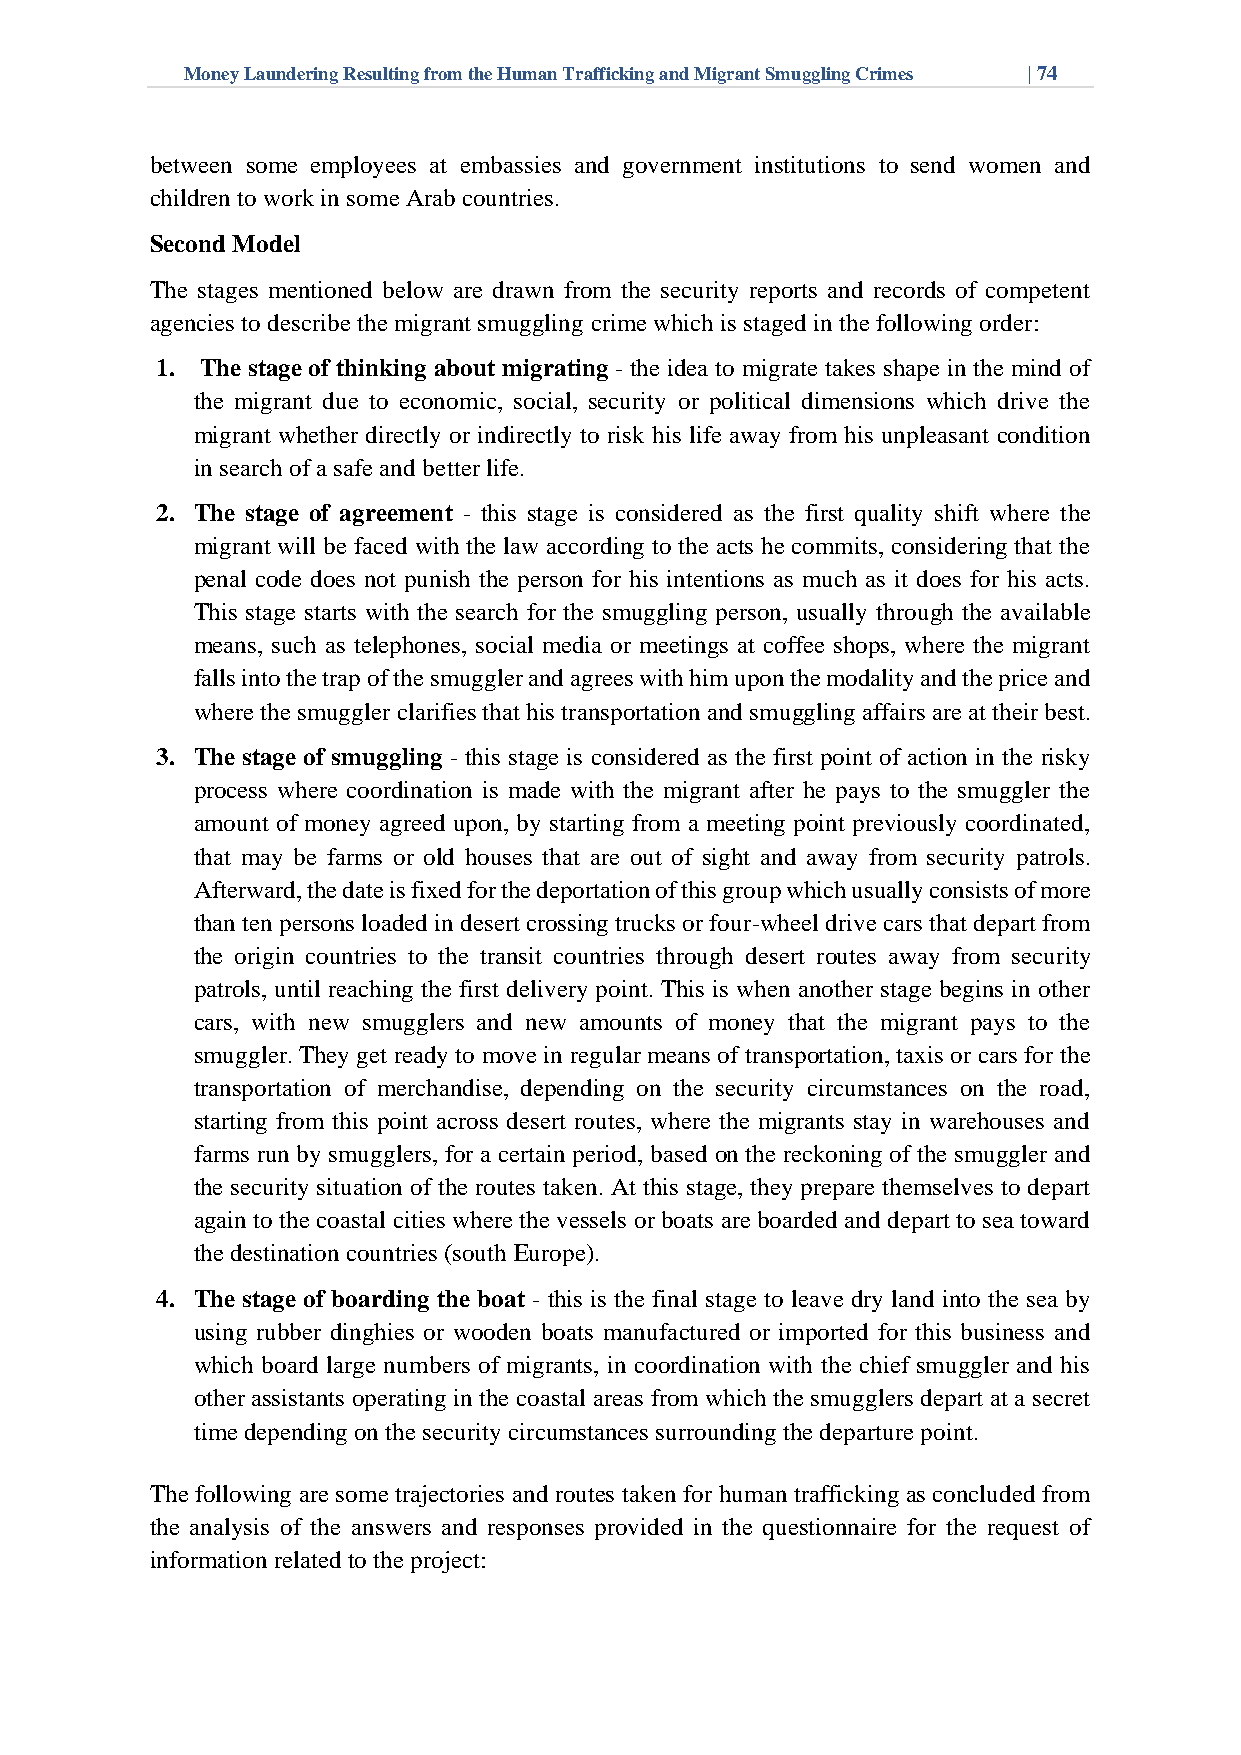
Money Laundering Resulting from the Human Trafficking and Migrant Smuggling Crimes | 74
 between some employees at embassies and government institutions to send women and
 children to work in some Arab countries.
 Second Model
 The stages mentioned below are drawn from the security reports and records of competent
 agencies to describe the migrant smuggling crime which is staged in the following order:
 1. The stage of thinking about migrating - the idea to migrate takes shape in the mind of
 the migrant due to economic, social, security or political dimensions which drive the
 migrant whether directly or indirectly to risk his life away from his unpleasant condition
 in search of a safe and better life.
 2. The stage of agreement - this stage is considered as the first quality shift where the
 migrant will be faced with the law according to the acts he commits, considering that the
 penal code does not punish the person for his intentions as much as it does for his acts.
 This stage starts with the search for the smuggling person, usually through the available
 means, such as telephones, social media or meetings at coffee shops, where the migrant
 falls into the trap of the smuggler and agrees with him upon the modality and the price and
 where the smuggler clarifies that his transportation and smuggling affairs are at their best.
 3. The stage of smuggling - this stage is considered as the first point of action in the risky
 process where coordination is made with the migrant after he pays to the smuggler the
 amount of money agreed upon, by starting from a meeting point previously coordinated,
 that may be farms or old houses that are out of sight and away from security patrols.
 Afterward, the date is fixed for the deportation of this group which usually consists of more
 than ten persons loaded in desert crossing trucks or four-wheel drive cars that depart from
 the origin countries to the transit countries through desert routes away from security
 patrols, until reaching the first delivery point. This is when another stage begins in other
 cars, with new smugglers and new amounts of money that the migrant pays to the
 smuggler. They get ready to move in regular means of transportation, taxis or cars for the
 transportation of merchandise, depending on the security circumstances on the road,
 starting from this point across desert routes, where the migrants stay in warehouses and
 farms run by smugglers, for a certain period, based on the reckoning of the smuggler and
 the security situation of the routes taken. At this stage, they prepare themselves to depart
 again to the coastal cities where the vessels or boats are boarded and depart to sea toward
 the destination countries (south Europe).
 4. The stage of boarding the boat - this is the final stage to leave dry land into the sea by
 using rubber dinghies or wooden boats manufactured or imported for this business and
 which board large numbers of migrants, in coordination with the chief smuggler and his
 other assistants operating in the coastal areas from which the smugglers depart at a secret
 time depending on the security circumstances surrounding the departure point.
 The following are some trajectories and routes taken for human trafficking as concluded from
 the analysis of the answers and responses provided in the questionnaire for the request of
 information related to the project: